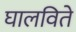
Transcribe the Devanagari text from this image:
घालविते